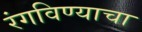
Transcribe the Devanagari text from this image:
रंगविण्याचा